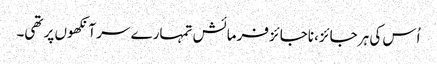
اُس کی ہر جائز، ناجائز فرمائش تمہارے سر آنکھوں پر تھی۔